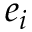
e _ { i }